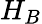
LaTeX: H_{B}